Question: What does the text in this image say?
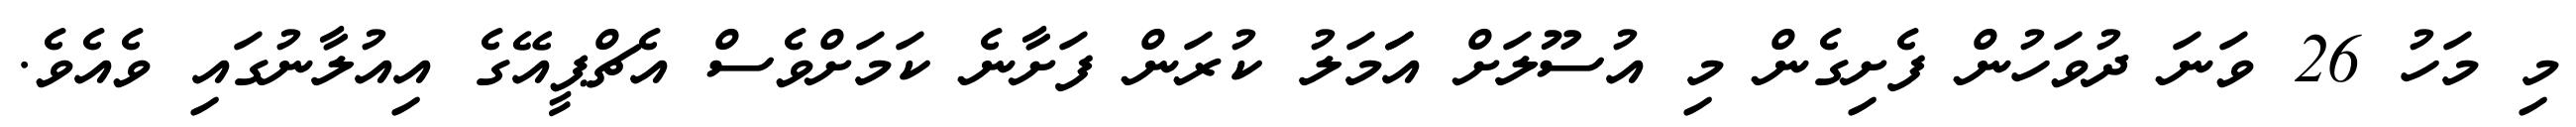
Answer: މި މަހު 26 ވަނަ ދުވަހުން ފެށިގެން މި އުސޫލަށް އަަމަލު ކުރަން ފަށާނެ ކަމަށްވެސް އެޗްޕީއޭގެ އިއުލާނުގައި ވެއެވެ.